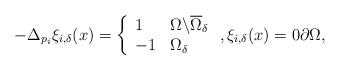
LaTeX: \begin{align*}-\Delta _{p_{i}}\xi _{i,\delta }(x)=\left\{ \begin{array}{ll}1 & \Omega \backslash \overline{\Omega }_{\delta } \\ -1 & \Omega _{\delta }\end{array}\right. ,\xi _{i,\delta }(x)=0\partial \Omega ,\end{align*}